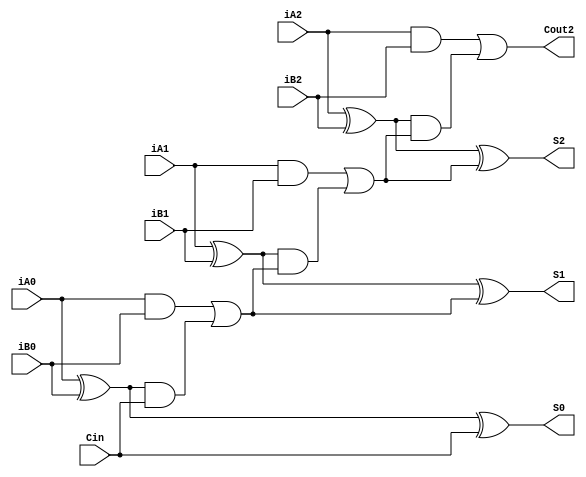
module SUMADOR(
       input Cin,
		 input iA0,
		 input iB0,
		 input iA1,
		 input iB1,
		 input iA2,
		 input iB2,
		 output S0,
		 output S1,
		 output S2,
		 output Cout2
		 );
		 
assign S0 = ((iA0 ^iB0) ^ Cin);
assign Cout0 = ((iA0 & iB0)| ((iA0 ^ iB0)& Cin));	 
assign S1= ((iA1 ^ iB1) ^ Cout0);
assign Cout1= ((iA1 & iB1)| ((iA1 ^ iB1)& Cout0));
assign S2= ((iA2 ^ iB2) ^ Cout1);
assign Cout2= ((iA2 & iB2)| ((iA2 ^ iB2)& Cout1));	

endmodule